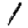
Digit: 1